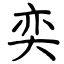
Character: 奕